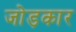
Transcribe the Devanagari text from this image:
जोड़कार